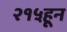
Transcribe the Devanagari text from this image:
२१५हून